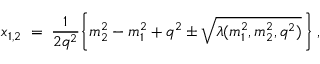
x _ { 1 , 2 } \; = \; \frac { 1 } { 2 q ^ { 2 } } \bigg \{ m _ { 2 } ^ { 2 } - m _ { 1 } ^ { 2 } + q ^ { 2 } \pm \sqrt { \lambda ( m _ { 1 } ^ { 2 } , m _ { 2 } ^ { 2 } , q ^ { 2 } ) } \, \bigg \} \: ,